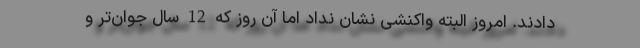
دادند. امروز البته واکنشی نشان نداد اما آن روز که 12 سال جوان‌تر و